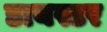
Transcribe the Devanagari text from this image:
डायस्टर